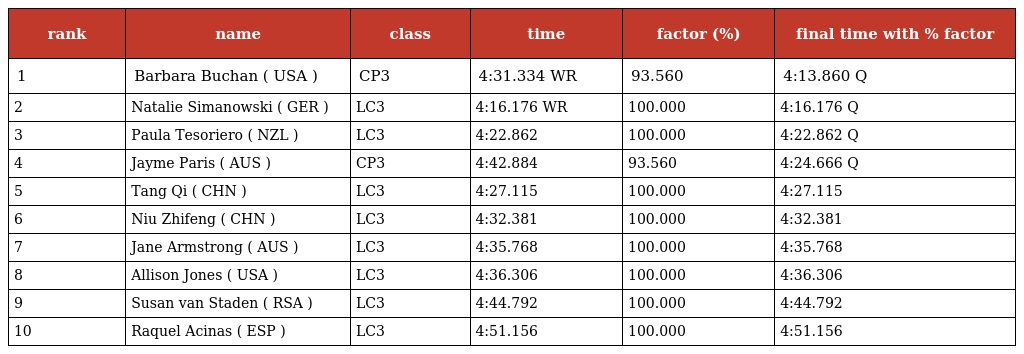
| rank | name | class | time | factor (%) | final time with % factor |
 | --- | --- | --- | --- | --- | --- |
 | 1 | Barbara Buchan ( USA ) | CP3 | 4:31.334 WR | 93.560 | 4:13.860 Q |
 | 2 | Natalie Simanowski ( GER ) | LC3 | 4:16.176 WR | 100.000 | 4:16.176 Q |
 | 3 | Paula Tesoriero ( NZL ) | LC3 | 4:22.862 | 100.000 | 4:22.862 Q |
 | 4 | Jayme Paris ( AUS ) | CP3 | 4:42.884 | 93.560 | 4:24.666 Q |
 | 5 | Tang Qi ( CHN ) | LC3 | 4:27.115 | 100.000 | 4:27.115 |
 | 6 | Niu Zhifeng ( CHN ) | LC3 | 4:32.381 | 100.000 | 4:32.381 |
 | 7 | Jane Armstrong ( AUS ) | LC3 | 4:35.768 | 100.000 | 4:35.768 |
 | 8 | Allison Jones ( USA ) | LC3 | 4:36.306 | 100.000 | 4:36.306 |
 | 9 | Susan van Staden ( RSA ) | LC3 | 4:44.792 | 100.000 | 4:44.792 |
 | 10 | Raquel Acinas ( ESP ) | LC3 | 4:51.156 | 100.000 | 4:51.156 |